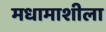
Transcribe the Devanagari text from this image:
मधामाशीला